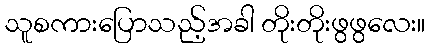
သူစကားပြောသည့်အခါ တိုးတိုးဖွဖွလေး။